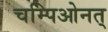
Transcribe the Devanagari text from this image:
चम्पिओनत्